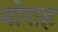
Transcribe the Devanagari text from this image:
बोराह